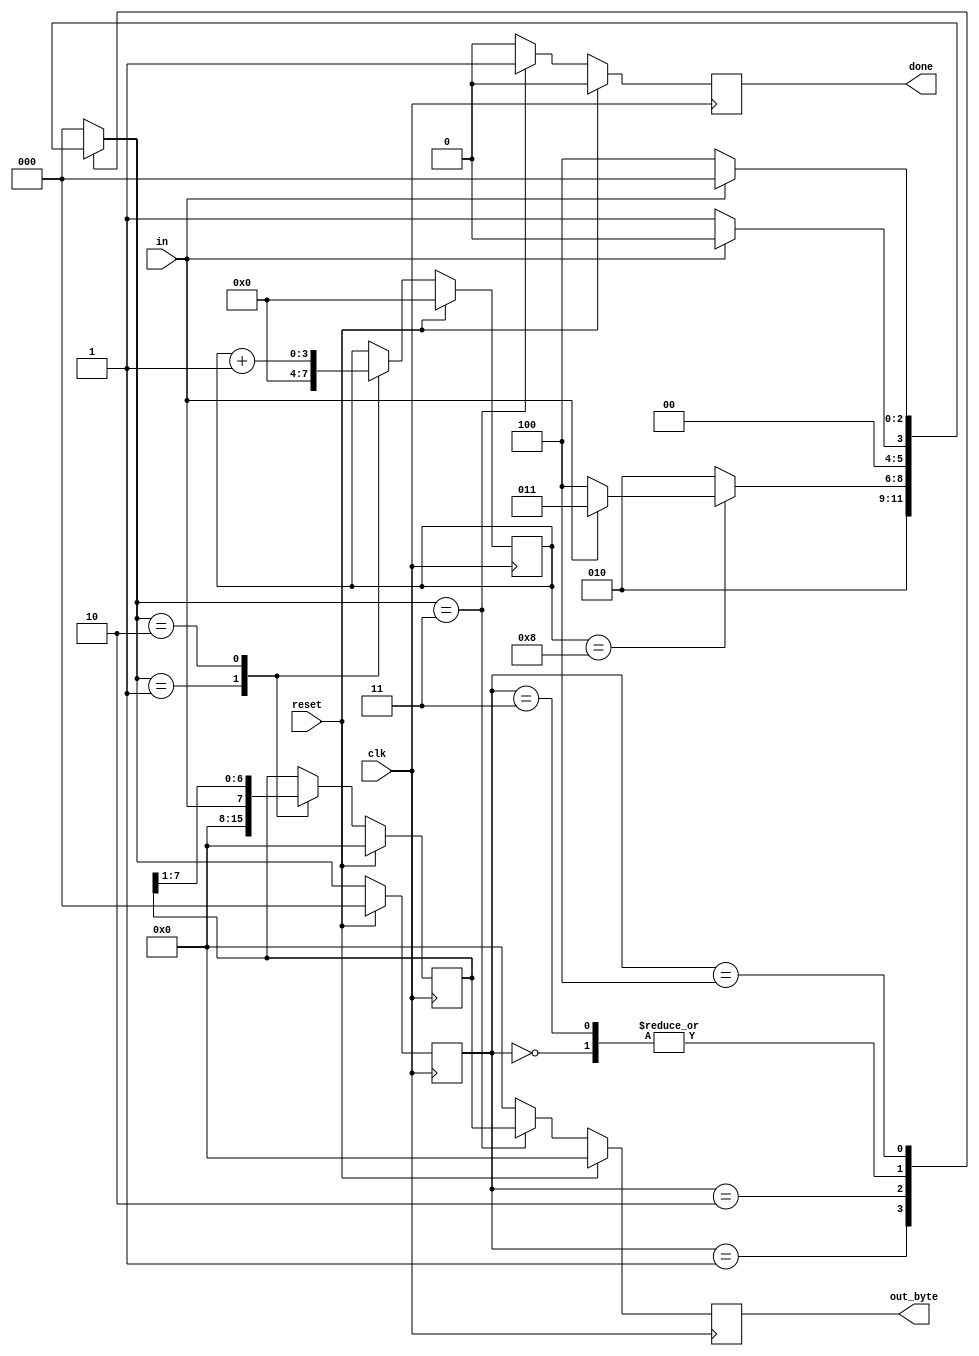
module top_module(
    input clk,
    input in,
    input reset,    // Synchronous reset
    output [7:0] out_byte,
    output done
); //

    // Use FSM from Fsm_serial
	parameter S0=3'b000, S1=3'b001, S2=3'b010, S3=3'b011, S4=3'b100;
    reg [2:0] state, next_state;
    reg [3:0] cnt;
    reg [7:0] data;
    // State transition logic (combinational)
	always @(*) begin
        case (state)
            S0: next_state = in ? S0:S1; //idle or start
            S1: next_state = S2; //data
            S2: next_state = (cnt==8) ? (in?S3:S4):S2; //cnt==8->S3orS4
            S3: next_state = in ? S0:S1; //idle or start
            S4: next_state = in ? S0:S4; //idle or keep
            default: next_state = S0;
        endcase
    end
    
    // State flip-flops (sequential)
 	always @(posedge clk) begin
        state <= (reset) ? S0:next_state ;
    end
    
    // Output logic
	always @(posedge clk) begin
        if (reset) begin
            done <= 0;
        end
        else begin
            case (next_state)
                S3: done<=1;
                default: done<=0;
            endcase
        end
    end
    
    always @(posedge clk) begin
        if (reset) begin
            cnt <= 0;
        end
        else begin
            case (next_state)
                S1: cnt<=0;
                S2: cnt<=cnt+1;
                default: cnt<=cnt;
            endcase
        end
    end
    
    always @(posedge clk) begin
        if (reset) begin
            data <= 0;
        end
        else begin
            case (next_state)
                S1: data<=0;
                S2: data<={in,data[7:1]};
                default: data<=data;
            endcase
        end
    end
    
    always @(posedge clk) begin
        if (reset) begin
            out_byte <= 0;
        end
        else begin
            case (next_state)
                S3: out_byte <= data;
                default: out_byte <= 0;
            endcase
        end
    end
    //assign out_byte = data;
    
    // New: Datapath to latch input bits.

endmodule